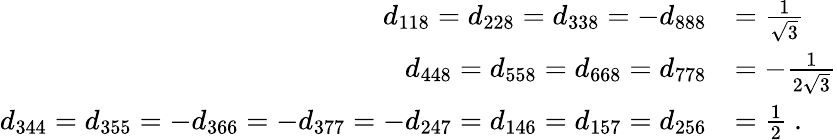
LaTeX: {\begin{array}{rl}{d_{118}=d_{228}=d_{338}=-d_{888}}&{={\frac{1}{\sqrt{3}}}}\\ {d_{448}=d_{558}=d_{668}=d_{778}}&{=-{\frac{1}{2{\sqrt{3}}}}}\\ {d_{344}=d_{355}=-d_{366}=-d_{377}=-d_{247}=d_{146}=d_{157}=d_{256}}&{={\frac{1}{2}}~.}\end{array}}